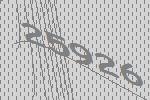
25926